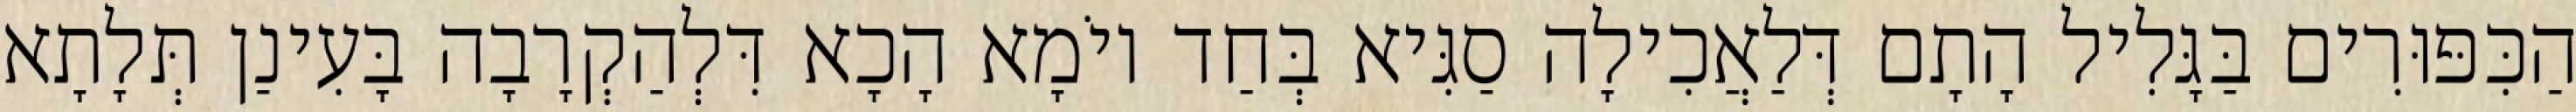
הַכִּפּוּרִים בַּגָּלִיל הָתָם דְּלַאֲכִילָה סַגִּיא בְּחַד יוֹמָא הָכָא דִּלְהַקְרָבָה בָּעִינַן תְּלָתָא